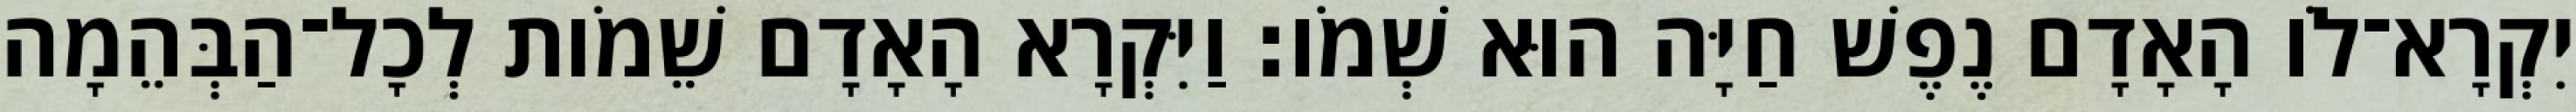
יִקְרָא־לֹו הָאָדָם נֶפֶשׁ חַיָּה הוּא שְׁמֹו׃ וַיִּקְרָא הָאָדָם שֵׁמֹות לְכָל־הַבְּהֵמָה